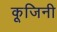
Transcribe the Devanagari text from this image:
कूजिनी